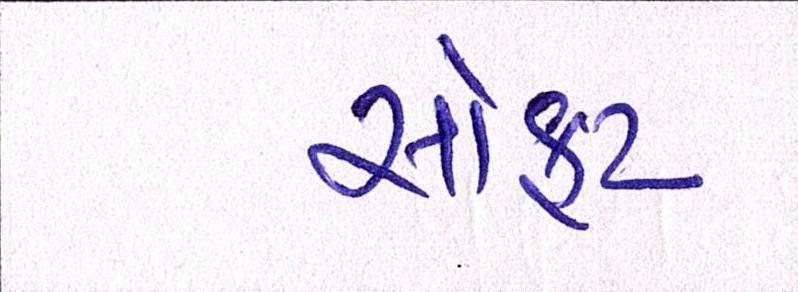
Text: સોફ્ટ